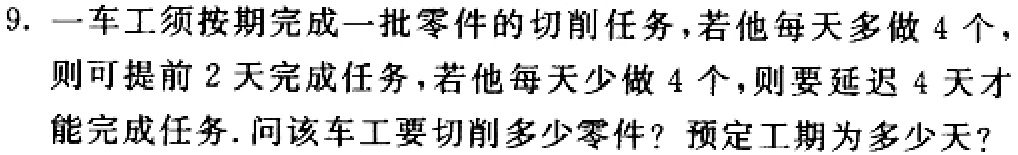
9. 一车工须按期完成一批零件的切削任务，若他每天多做 4 个，则可提前 2 天完成任务，若他每天少做 4 个，则要延迟 4 天才能完成任务. 问该车工要切削多少零件？预定工期为多少天？